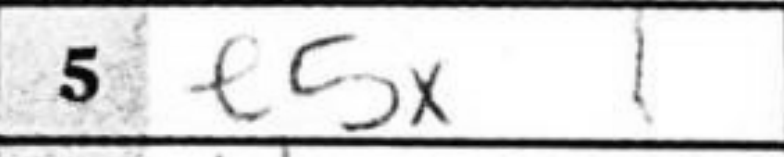
Transcription: e5x